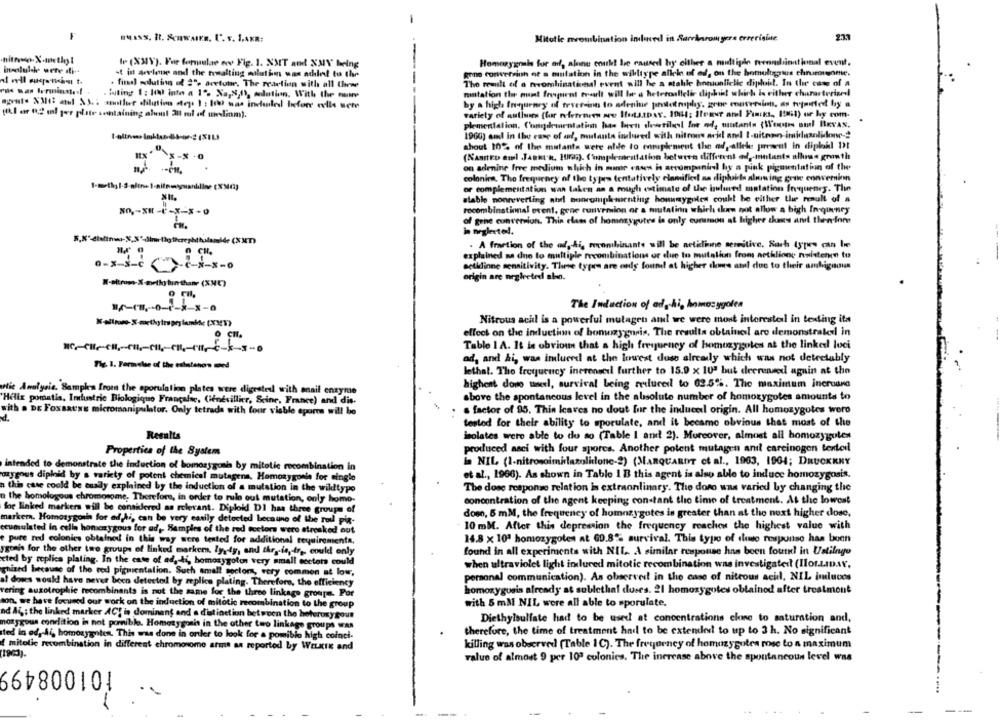
-
musss. R. SonwaIn, L'. v. 1,4KR:
Mitotic mcombination induced in Sarrinromyers errerisine
2.3.3
nitroX-methyl
IF (XMY). For formulae ece Fig. 1. XMIT and XXV being
Homozygois for ad, aline could! be caused by either a mitige terandnational event.
incluido sete di --
kone corkversion of a mulation in the willtype allele of ed, on the bomuligaus chnaneome.
-t in arvlene and the newalting milutin was adilel to the
. final solution of 2", aretour. The reaction with all theme
The result of a recombinativedl event will he a stable hortonliche diploid. In the case of a
. futing 1 : 100 into a 1"> Xa,8,0), solution, With the nome
mintation the munt frequent trealt will be a heteroallelir diphint which Is either characterized
monts XMil atel &S .: another dilution steps 1 : Ite was indenled before evils sete
by a high frequency of fever-inn to adenine philetrophy, grne conversion, as topmirted by a
(Ll or R2 ml per plate containing alust 3l rul of medinm).
variety of authors [for references are Iets.tbar. 1064; Ifeast and Funkt ,, I'mil) or hy com.
plementation. Congdementation has been showstill Ine od, montants (Wortes nul BRYAN.
1900) and in the case of af, mutants imlured with nitrous acid and I-nitnon-imidazolidone -?
shout 10% of the mutants were able to enniplement the adgallet present in diplil Dt
(NANIED cml JagRt-n, 1009). Complemesttation betutto different od, mintants allume growth
on adenine free medium which in mine cnow is accompanied by a pink pigmentation of the
colonica. The frequency of the types tentatively clamifiel na diphils slowing grile conveminn
or complementation was taken an a rough estimate of the inshared mantation frequency. The
stable nonreverting aurl bonrompk-menting howaygoles coukl be either the result of a
recombinational event. gene runversion or a mutalinn which can not allow a high In-queney
NO ,- XI -+-X-x-0
of gene cunversion. This class of homozygutes is only cunumon at higher skas and then ions
in neglected.
. A fraction of the ad, hi, mecombinante will be actidlime servitive, Such types can Ine
explained na dno to multiple recombinations or due to mutalin from aethlione nwistenen to
petidinne sensitivity. These types are only found at higher come and due to their ambiguous
origin are neglected abo.
The Induction of od hi, homozygoten
Nitrous acil is a powerful mutagen and we were most interesteil in testing ita
effect on the induction of homozygoris, The results obtained! are demonstrated in
Table 1 A. It is obvious that a high frequency of homozygotes at the linked luci
ad, and &i, was inluerd at the lowest dose already which was not detectably
Tig. 1. Formelse of the eslalahon med
lethal. The frequency inerenseil further to 15.9 x 10ª but decreased again at the
highent doro uneel, survival being reduceil to 02.5%. The maximum incruand
tie Analysis. Samples from the eporulation plates were digested with anail enzyme
'Helix pomatis, Industrie Biologique Francaise, (ienevillier, Seine, France) and dis-
above the spontaneous level in the absolute number of homozygotes amounts to
with . DE Foxsatse micromanipulator. Only tetrads with four visble epores will be
s factor of 95. This leaves no dout for the indueel origin. All homozygotes were
tested for their ability to sporulate, and it became obvious that most of the
Results
isolates were able to do so (Table I am 2). Moreover, almost all homozygotew
Propertica of the System
produced asci with four spores. Another potent mutagen anıl carcinogen tentei
intended to demonstrate the induction of homozygosis by mitotic rocombination in
la NIL (1-nitrosoimidazolidone-2) (MARQUARDT et al ., 1963, 1904; DRUCKKKY
et al ., 1966). As shown in Table 1 B this agent is also able to induce homozygosis.
ozygous diploid by a variety of potent chemical mutagena, Homozygonie for single
n this case could be easily explained by the induction of a mutation in the wildtypo
The dose response relation in extraonlinary. The doro was varied by changing the
n the homologous chromosome, Therefore, in order to rule out mutation, only homo-
concentration of the agent keeping constant the time of treatment. As the lowest
for linked markers will be considered as relevant. Diplokl DI has three groups of
doso, 5 mM, the frequency of homozygotes in greater than at the next higher dose,
marker. Homozygonin for ad,Ai, can be very easily detected because of the roul pin-
10 mM. After this depression the frequency reaches the highest value with
cumulated in celia homozygous for ad, Samples of the red sectors wero strosked out
pure red colonies obtained in this way were tested for additional requirements,
14.8 x 10ª homozygotes at 69.8% survival. This type of duso response has been
ygonis for the other two groups of linked marker. lyydy, and thryis, ir ,, could only
found in all experiments with NIL. A similar response has been found in Uelilnge
cted by replica plating. In the case of ad, ti, homozygoton very small sectors could
when ultraviolet light induced mitotic recombination was investigated (Ilot.LaAv.
chized because of the red pigmentation. Such small soctom, very common at low,
al dowes wouk! have never been detected by replico plating. Therefore, the efficiency
personal communication). As observed in the case of nitrous acid, NIL imluvos
homozygusis already at sublethal duses. 21 homozygotes obtained after treatment
rering auxotrophic recombinants is not the same for the three linkage groups. For
son, we have focused our work on the induction of mitotic mecombination to the group
with 5 mM NIL were all able to sporulate.
nd AL ; the linked marker ACT is dominant and a distinction between the heterozygous
Diethylsulfate had to be used at concentrations cline to saturation and,
motygous condition in hot pornible. Homozygosit in the other two linkage groups was
therefore, the time of treatment had to be extended to up to 3 h. No significant
sted In odgåi, homozygotes. This was done in order to look for a pomibio high coinci-
mitolie recombination in different chromosome arms as reported by WELxix and
killing was observed (Table 1C). The frequency of homuzyguten rose to a maximum
value of almost 9 per 10ª colonies. The increase above the spontancoun level was
101008499
--
-
--